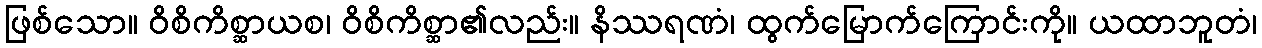
ဖြစ်သော။ ဝိစိကိစ္ဆာယစ၊ ဝိစိကိစ္ဆာ၏လည်း။ နိဿရဏံ၊ ထွက်မြောက်ကြောင်းကို။ ယထာဘူတံ၊